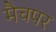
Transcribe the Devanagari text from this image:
मैचपर